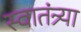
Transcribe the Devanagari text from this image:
स्वातंत्र्या